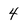
Character: 4